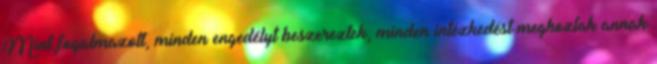
Mint fogalmazott, minden engedélyt beszereztek, minden intézkedést meghoztak annak